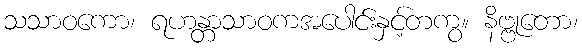
သသာဝကော၊ ရဟန္တာသာဝကအပေါင်းနှင့်တကွ။ နိဗ္ဗုတော၊